Annual report of the Punjab Veterinary College and of the Civil Veterinary Department, Punjab - 1909-1919
Year: 1909
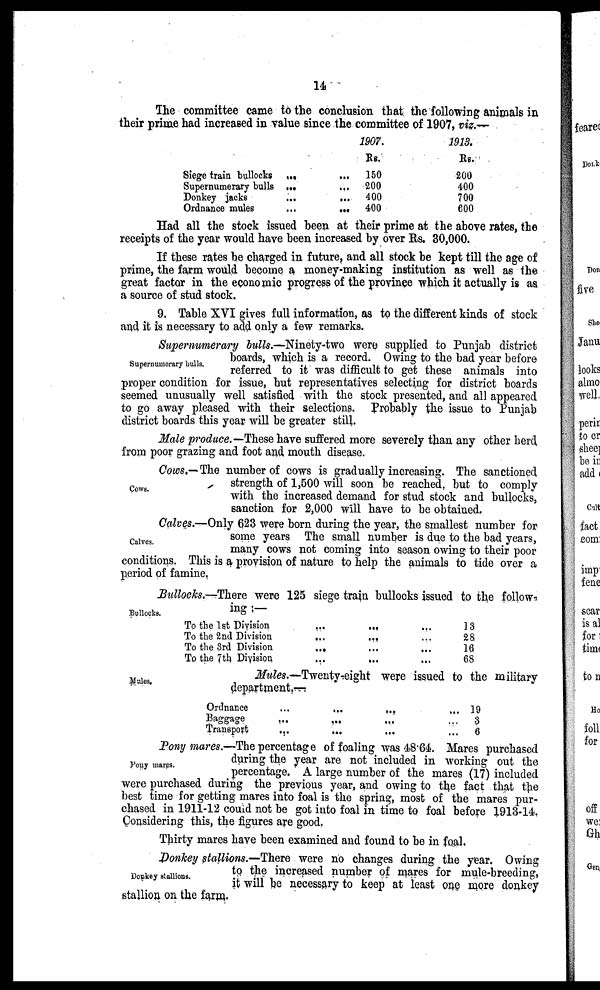
14
The committee came to the conclusion that the following animals in
their prime had increased in value since the committee of 1907, viz.—
Siege train
bullocks...
Supernumerary
bulls...
Donkey jacks...
Ordnance
mules...
1907.
Rs.
150
200
400
400
1913.
Rs.
200
400
700
600
Had all the stock issued been at their prime at the above rates, the
receipts of the year would have been increased by over Rs. 30,000.
If these rates be charged in future, and all stock be kept till the age of
prime, the farm would become a money-making institution as well as the
great factor in the economic progress of the province which it actually is as
a source of stud stock.
9. Table XVI gives full information, as to the different kinds of stock
and it is necessary to add only a few remarks.
Supernumerary bulls.
Supernumerary bulls.—Ninety-two were supplied to Punjab district
boards, which is a record. Owing to the bad year before
referred to it was difficult to get these animals into
proper condition for issue, but representatives selecting for district boards
seemed unusually well satisfied with the stock presented, and all appeared
to go away pleased with their selections. Probably the issue to Punjab
district boards this year will be greater still.
Male produce.—These have suffered more severely than any other herd
from poor grazing and foot and mouth disease.
Cows.
Cows.- The number of cows is gradually increasing. The sanctioned
strength of 1,500 will soon be reached, but to comply
with the increased demand for stud stock and bullocks,
sanction for 2,000 will have to be obtained.
Calves.
Calves.-Only 623 were born during the year, the smallest number for
some years The small number is due to the bad years,
many cows not coming into season owing to their poor
conditions. This is a provision of nature to help the animals to tide over a
period of famine.
Bullocks.
Bullocks.—There were 125 siege train bullocks issued to the follow-
ing-—
To the 1st Division.........
To the 2nd Division.........
To the 3rd
Division......
To the 7 th. Division.........
13
28
10
68
Males.
Mules.—Twenty-eight were issued to the military
department.-
Ordnance.........
Baggage.........
Transport.........
19
3
6
Pony mares.
Pony mares.—The percentage of foaling was 48.64. Mares purchased
during the year are not included in working out the
percentage. A large number of the mares (17) included
were purchased during the previous year, and owing to the fact that the
best time for getting mares into foal is the spring, most of the mares pur-
chased in 1911-12 could not be got into foal in time to foal before 1913-14.
Considering this, the figures are good.
Thirty mares have been examined and found to be in foal.
Donkey stallions.
Donkey stallions.—There were no changes during the year. Owing
to the increased number of mares for mule-breeding,
it will be necessary to keep at least one more donkey
stallion on the farm.